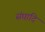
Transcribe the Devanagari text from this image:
संघादि